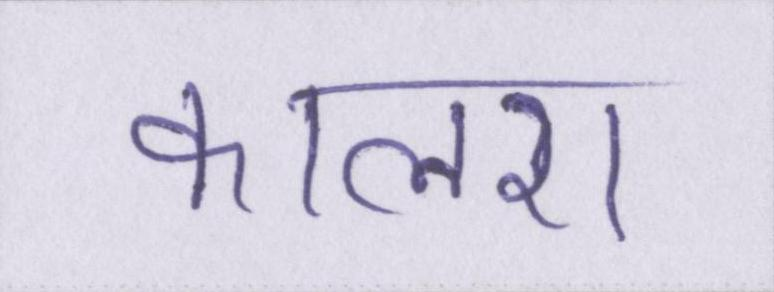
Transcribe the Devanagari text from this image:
कालरा